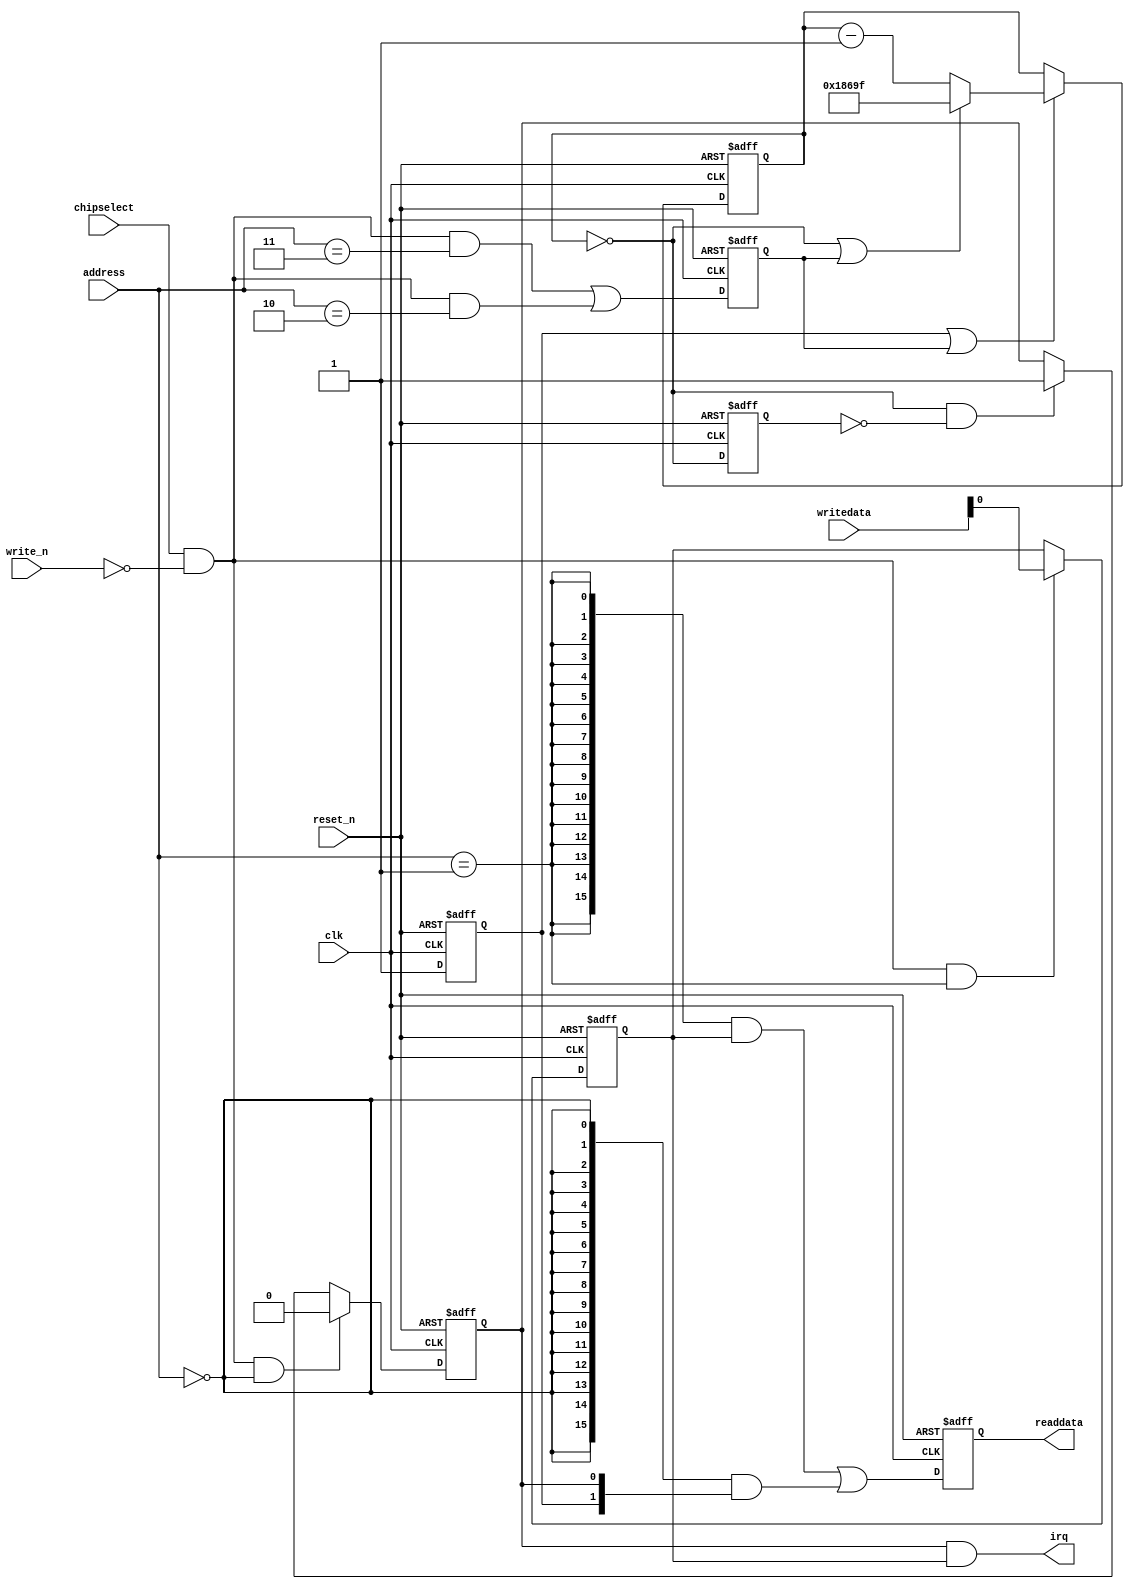
module soc_design_timer_0 (
                            // inputs:
                             address,
                             chipselect,
                             clk,
                             reset_n,
                             write_n,
                             writedata,

                            // outputs:
                             irq,
                             readdata
                          )
;

  output           irq;
  output  [ 15: 0] readdata;
  input   [  2: 0] address;
  input            chipselect;
  input            clk;
  input            reset_n;
  input            write_n;
  input   [ 15: 0] writedata;

  wire             clk_en;
  wire             control_interrupt_enable;
  reg              control_register;
  wire             control_wr_strobe;
  reg              counter_is_running;
  wire             counter_is_zero;
  wire    [ 16: 0] counter_load_value;
  reg              delayed_unxcounter_is_zeroxx0;
  wire             do_start_counter;
  wire             do_stop_counter;
  reg              force_reload;
  reg     [ 16: 0] internal_counter;
  wire             irq;
  wire             period_h_wr_strobe;
  wire             period_l_wr_strobe;
  wire    [ 15: 0] read_mux_out;
  reg     [ 15: 0] readdata;
  wire             status_wr_strobe;
  wire             timeout_event;
  reg              timeout_occurred;
  assign clk_en = 1;
  always @(posedge clk or negedge reset_n)
    begin
      if (reset_n == 0)
          internal_counter <= 17'h1869F;
      else if (counter_is_running || force_reload)
          if (counter_is_zero    || force_reload)
              internal_counter <= counter_load_value;
          else 
            internal_counter <= internal_counter - 1;
    end


  assign counter_is_zero = internal_counter == 0;
  assign counter_load_value = 17'h1869F;
  always @(posedge clk or negedge reset_n)
    begin
      if (reset_n == 0)
          force_reload <= 0;
      else if (clk_en)
          force_reload <= period_h_wr_strobe || period_l_wr_strobe;
    end


  assign do_start_counter = 1;
  assign do_stop_counter = 0;
  always @(posedge clk or negedge reset_n)
    begin
      if (reset_n == 0)
          counter_is_running <= 1'b0;
      else if (clk_en)
          if (do_start_counter)
              counter_is_running <= -1;
          else if (do_stop_counter)
              counter_is_running <= 0;
    end


  //delayed_unxcounter_is_zeroxx0, which is an e_register
  always @(posedge clk or negedge reset_n)
    begin
      if (reset_n == 0)
          delayed_unxcounter_is_zeroxx0 <= 0;
      else if (clk_en)
          delayed_unxcounter_is_zeroxx0 <= counter_is_zero;
    end


  assign timeout_event = (counter_is_zero) & ~(delayed_unxcounter_is_zeroxx0);
  always @(posedge clk or negedge reset_n)
    begin
      if (reset_n == 0)
          timeout_occurred <= 0;
      else if (clk_en)
          if (status_wr_strobe)
              timeout_occurred <= 0;
          else if (timeout_event)
              timeout_occurred <= -1;
    end


  assign irq = timeout_occurred && control_interrupt_enable;
  //s1, which is an e_avalon_slave
  assign read_mux_out = ({16 {(address == 1)}} & control_register) |
    ({16 {(address == 0)}} & {counter_is_running,
    timeout_occurred});

  always @(posedge clk or negedge reset_n)
    begin
      if (reset_n == 0)
          readdata <= 0;
      else if (clk_en)
          readdata <= read_mux_out;
    end


  assign period_l_wr_strobe = chipselect && ~write_n && (address == 2);
  assign period_h_wr_strobe = chipselect && ~write_n && (address == 3);
  assign control_wr_strobe = chipselect && ~write_n && (address == 1);
  always @(posedge clk or negedge reset_n)
    begin
      if (reset_n == 0)
          control_register <= 0;
      else if (control_wr_strobe)
          control_register <= writedata[0];
    end


  assign control_interrupt_enable = control_register;
  assign status_wr_strobe = chipselect && ~write_n && (address == 0);

endmodule